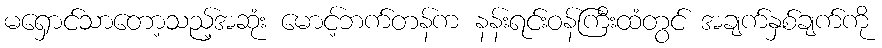
မရှောင်သာတော့သည့်အဆုံး မောင့်ဘက်တန်က နန်းရင်းဝန်ကြီးထံတွင် အချက်နှစ်ချက်ကို